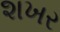
શખર